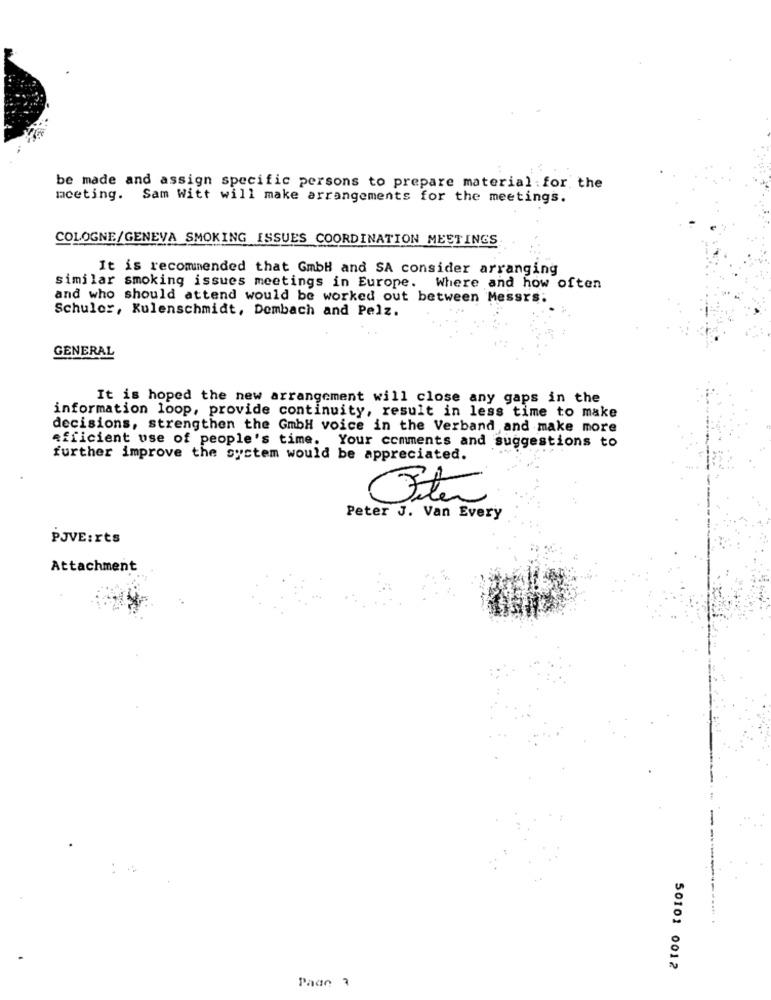
be made and assign specific persons to prepare material : for the
meeting. Sam Witt will make arrangements for the meetings.
COLOGNE/GENEVA SMOKING ISSUES COORDINATION MEETINGS
It is recommended that GmbH and SA consider arranging
similar smoking issues meetings in Europe. Where and how often
and who should attend would be worked out between Messrs:
Schuler, Kulenschmidt, Dombach and Pelz.
GENERAL
It is hoped the new arrangement will close any gaps in the
information loop, provide continuity, result in less time to make
decisions, strengthen the GmbH voice in the Verband and make more
efficient use of people's time. Your comments and suggestions to
further improve the system would be appreciated.
Fiter
Peter J. Van Every
PJVE:rts
Attachment
50101 0012
Page 7